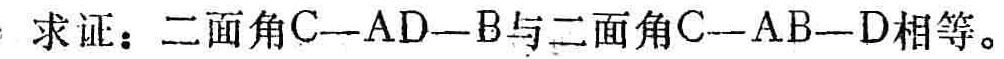
求证：二面角\(C - AD - B\)与二面角\(C - AB - D\)相等。